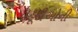
યહૂદીઓની